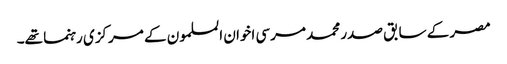
مصر کے سابق صدر محمد مرسی اخوان المسلمون کے مرکزی رہنما تھے۔